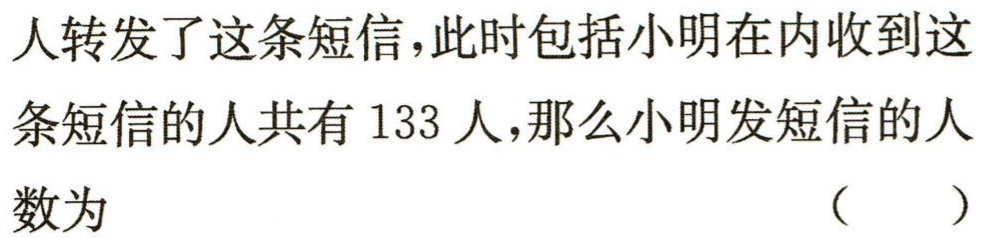
人转发了这条短信，此时包括小明在内收到这条短信的人共有 133 人，那么小明发短信的人数为
（  ）